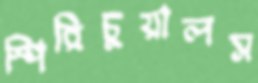
স্পিরিচুয়ালস